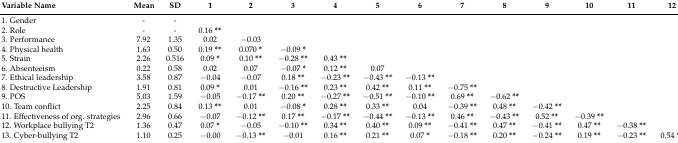
<table><thead><tr><td><b>Variable Name</b></td><td><b>Mean</b></td><td><b>SD</b></td><td><b>1</b></td><td><b>2</b></td><td><b>3</b></td><td><b>4</b></td><td><b>5</b></td><td><b>6</b></td><td><b>7</b></td><td><b>8</b></td><td><b>9</b></td><td><b>10</b></td><td><b>11</b></td><td><b>12</b></td></tr></thead><tbody><tr><td>1.Gender</td><td>-</td><td>-</td><td></td><td></td><td></td><td></td><td></td><td></td><td></td><td></td><td></td><td></td><td></td><td></td></tr><tr><td>2.Role</td><td>-</td><td>-</td><td>0.16 <b>**</b></td><td></td><td></td><td></td><td></td><td></td><td></td><td></td><td></td><td></td><td></td><td></td></tr><tr><td>3.Performance</td><td>7.92</td><td>1.35</td><td>0.02</td><td>−0.03</td><td></td><td></td><td></td><td></td><td></td><td></td><td></td><td></td><td></td><td></td></tr><tr><td>4.Physical health</td><td>1.63</td><td>0.50</td><td>0.19 <b>**</b></td><td>0.070 <b>*</b></td><td>−0.09 <b>*</b></td><td></td><td></td><td></td><td></td><td></td><td></td><td></td><td></td><td></td></tr><tr><td>5.Strain</td><td>2.26</td><td>0.516</td><td>0.09 <b>*</b></td><td>0.10 <b>**</b></td><td>−0.28 <b>**</b></td><td>0.43 <b>**</b></td><td></td><td></td><td></td><td></td><td></td><td></td><td></td><td></td></tr><tr><td>6.Absenteeism</td><td>0.22</td><td>0.58</td><td>0.02</td><td>0.07</td><td>−0.07 <b>*</b></td><td>0.12 <b>**</b></td><td>0.07</td><td></td><td></td><td></td><td></td><td></td><td></td><td></td></tr><tr><td>7.Ethical leadership</td><td>3.58</td><td>0.87</td><td>−0.04</td><td>−0.07</td><td>0.18 <b>**</b></td><td>−0.23 <b>**</b></td><td>−0.43 <b>**</b></td><td>−0.13 <b>**</b></td><td></td><td></td><td></td><td></td><td></td><td></td></tr><tr><td>8.Destructive Leadership</td><td>1.91</td><td>0.81</td><td>0.09 <b>*</b></td><td>0.01</td><td>−0.16 <b>**</b></td><td>0.23 <b>**</b></td><td>0.42 <b>**</b></td><td>0.11 <b>**</b></td><td>−0.75 <b>**</b></td><td></td><td></td><td></td><td></td><td></td></tr><tr><td>9.POS</td><td>5.03</td><td>1.59</td><td>−0.05</td><td>−0.17 <b>**</b></td><td>0.20 <b>**</b></td><td>−0.27 <b>**</b></td><td>−0.51 <b>**</b></td><td>−0.10 <b>**</b></td><td>0.69 <b>**</b></td><td>−0.62 <b>**</b></td><td></td><td></td><td></td><td></td></tr><tr><td>10.Team conflict</td><td>2.25</td><td>0.84</td><td>0.13 <b>**</b></td><td>0.01</td><td>−0.08 <b>*</b></td><td>0.28 <b>**</b></td><td>0.33 <b>**</b></td><td>0.04</td><td>−0.39 <b>**</b></td><td>0.48 <b>**</b></td><td>−0.42 <b>**</b></td><td></td><td></td><td></td></tr><tr><td>11.Effectiveness of org. strategies</td><td>2.96</td><td>0.66</td><td>−0.07</td><td>−0.12 <b>**</b></td><td>0.17 <b>**</b></td><td>−0.17 <b>**</b></td><td>−0.44 <b>**</b></td><td>−0.13 <b>**</b></td><td>0.46 <b>**</b></td><td>−0.43 <b>**</b></td><td>0.52 <b>**</b></td><td>−0.39 <b>**</b></td><td></td><td></td></tr><tr><td>12.Workplace bullying T2</td><td>1.36</td><td>0.47</td><td>0.07 <b>*</b></td><td>−0.05</td><td>−0.10 <b>**</b></td><td>0.34 <b>**</b></td><td>0.40 <b>**</b></td><td>0.09 <b>**</b></td><td>−0.41 <b>**</b></td><td>0.47 <b>**</b></td><td>−0.41 <b>**</b></td><td>0.47 <b>**</b></td><td>−0.38 <b>**</b></td><td></td></tr><tr><td>13.Cyber-bullying T2</td><td>1.10</td><td>0.25</td><td>−0.00</td><td>−0.13 <b>**</b></td><td>−0.01</td><td>0.16 <b>**</b></td><td>0.21 <b>**</b></td><td>0.07 <b>*</b></td><td>−0.18 <b>**</b></td><td>0.20 <b>**</b></td><td>−0.24 <b>**</b></td><td>0.19 <b>**</b></td><td>−0.23 <b>**</b></td><td>0.54 <b>**</b></td></tr></tbody></table>